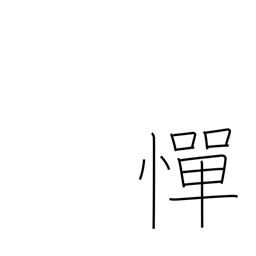
Meaning: hesitate